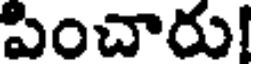
పించారు!